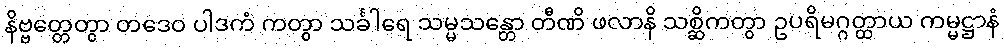
နိဗ္ဗတ္တေတွာ တဒေဝ ပါဒကံ ကတွာ သင်္ခါရေ သမ္မသန္တော တီဏိ ဖလာနိ သစ္ဆိကတွာ ဥပရိမဂ္ဂတ္ထာယ ကမ္မဋ္ဌာနံ